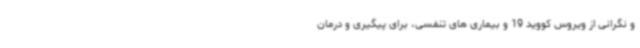
و نگرانی از ویروس کووید 19 و بیماری های تنفسی، برای پیگیری و درمان